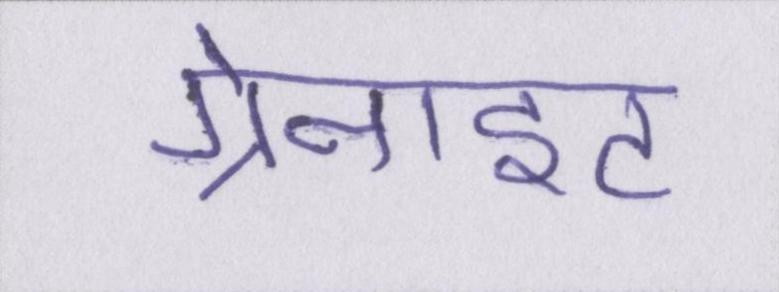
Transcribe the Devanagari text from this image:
ग्रेनाइट